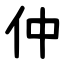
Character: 仲